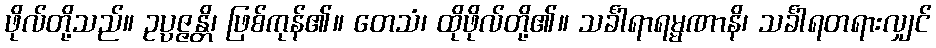
ဖိုလ်တို့သည်။ ဥပ္ပဇ္ဇန္တိ၊ ဖြစ်ကုန်၏။ တေသံ၊ ထိုဖိုလ်တို့၏။ သင်္ခါရာရမ္မဏာနိ၊ သင်္ခါရတရားလျှင်